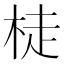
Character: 𱣙